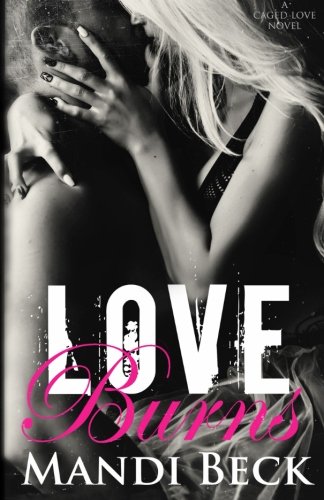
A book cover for Love Burns (Caged Love) (Volume 2); Mandi Beck; Romance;